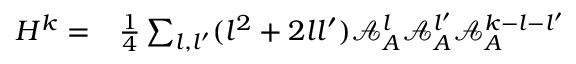
\begin{array} { r l } { H ^ { k } = } & { { } \frac { 1 } { 4 } \sum _ { { l } , { l ^ { \prime } } } ( { l } ^ { 2 } + 2 { l } { l ^ { \prime } } ) \mathcal { A } _ { A } ^ { l } \mathcal { A } _ { A } ^ { l ^ { \prime } } \mathcal { A } _ { A } ^ { k - { l } - { l ^ { \prime } } } } \end{array}